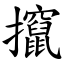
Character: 攛